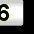
Digit: 6